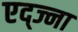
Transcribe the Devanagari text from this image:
एद्ज्ना